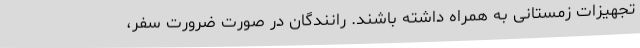
تجهیزات زمستانی به همراه داشته باشند. رانندگان در صورت ضرورت سفر،